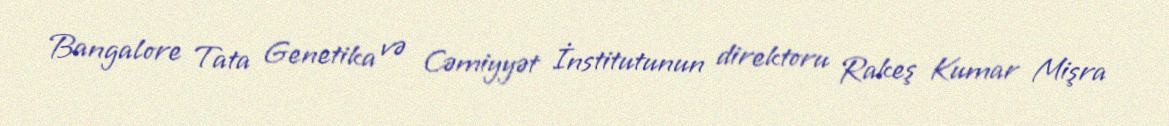
Bangalore Tata Genetika və Cəmiyyət İnstitutunun direktoru Rakeş Kumar Mişra